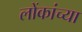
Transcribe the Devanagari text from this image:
लोंकांच्या